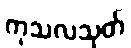
ကုသလသုတ်